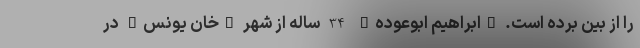
را از بین برده است. "ابراهیم ابوعوده" 34 ساله از شهر "خان یونس" در